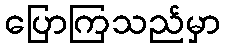
ပြောကြသည်မှာ